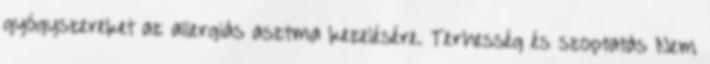
gyógyszereket az allergiás asztma kezelésére. Terhesség és szoptatás Nem